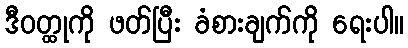
ဒီဝတ္ထုကို ဖတ်ပြီး ခံစားချက်ကို ရေးပါ။